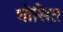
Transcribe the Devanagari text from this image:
घोसित